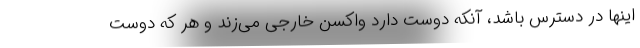
اینها در دسترس باشد، آنکه دوست دارد واکسن خارجی می‌زند و هر که دوست